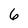
Character: 6